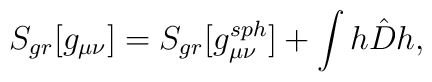
S_{gr}[g_{\mu\nu}]=S_{gr}[g^{sph}_{\mu\nu}] + \int h \hat{D} h,